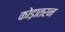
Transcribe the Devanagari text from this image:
कोड़ातरन